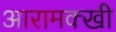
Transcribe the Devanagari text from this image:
आरामक्खी